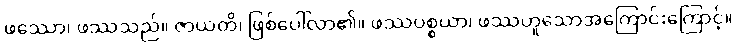
ဖဿော၊ ဖဿသည်။ ဇာယတိ၊ ဖြစ်ပေါ်လာ၏။ ဖဿပစ္စယာ၊ ဖဿဟူသောအကြောင်းကြောင့်။